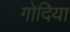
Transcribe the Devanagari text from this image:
गोदिया